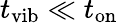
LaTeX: t_{\mathrm{vib}}\ll t_{\mathrm{on}}